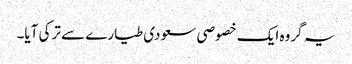
یہ گروہ ایک خصوصی سعودی طیارے سے ترکی آیا۔